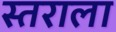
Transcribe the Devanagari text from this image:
स्तराला